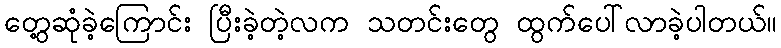
တွေ့ဆုံခဲ့ကြောင်း ပြီးခဲ့တဲ့လက သတင်းတွေ ထွက်ပေါ်လာခဲ့ပါတယ်။